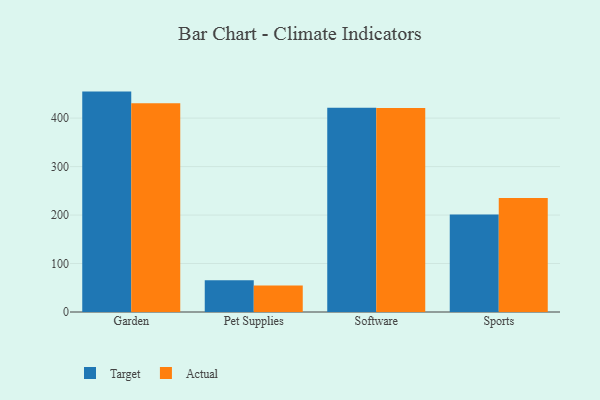
{"axis": {"x": "Category", "y": "Revenue (USD Million)"}, "legend": ["Actual", "Target"], "data": [{"x": "Garden", "y": 454.7, "type": "Target"}, {"x": "Garden", "y": 430.8, "type": "Actual"}, {"x": "Pet Supplies", "y": 65.4, "type": "Target"}, {"x": "Pet Supplies", "y": 54.7, "type": "Actual"}, {"x": "Software", "y": 421.6, "type": "Target"}, {"x": "Software", "y": 421.0, "type": "Actual"}, {"x": "Sports", "y": 201.3, "type": "Target"}, {"x": "Sports", "y": 235.3, "type": "Actual"}]}